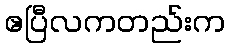
ဧပြီလကတည်းက